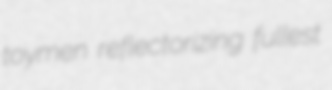
toymen reflectorizing fullest